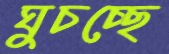
ঘুচচ্ছে